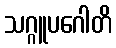
သဂ္ဂူပဂေါတိ